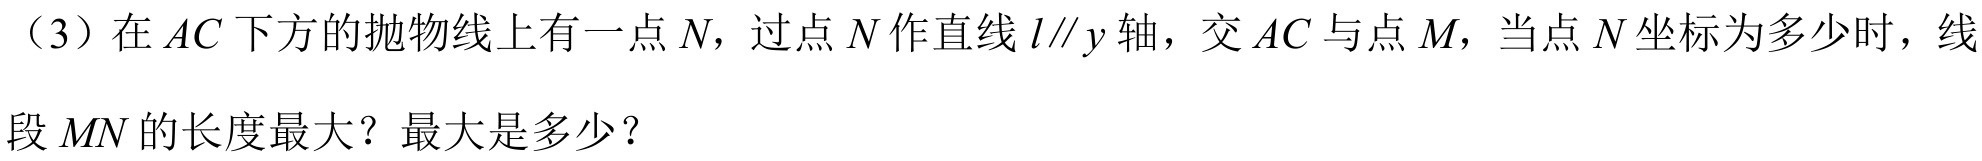
（3）在\(AC\)下方的抛物线上有一点\(N\)，过点\(N\)作直线\(l\parallel y\)轴，交\(AC\)与点\(M\)，当点\(N\)坐标为多少时，线
段\(MN\)的长度最大？最大是多少？